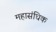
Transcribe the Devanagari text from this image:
महासंधिक